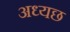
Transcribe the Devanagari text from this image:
अध्यछ